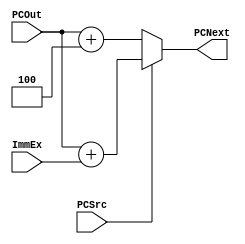
module PCCalc (
input wire [31:0] ImmEx, PCOut,
input wire PCSrc,
output reg [31:0] PCNext
);

always@(*) begin
if(PCSrc) begin
PCNext <= PCOut + ImmEx;
end
else begin
PCNext <= PCOut + 32'd4;
end 
end 
endmodule